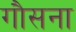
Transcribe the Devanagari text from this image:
गौसना